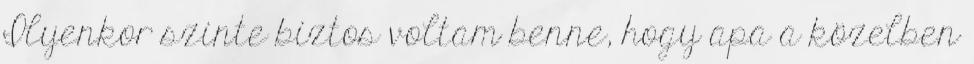
Ilyenkor szinte biztos voltam benne, hogy apa a közelben